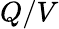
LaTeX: Q/V